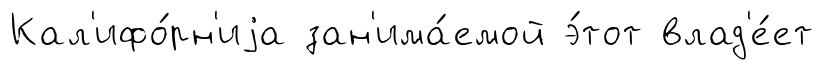
Кал'ифо́рн'иjа зан'има́емой э́тот влад'е́ет